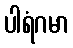
ပါရံဂမာ